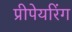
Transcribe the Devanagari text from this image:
प्रीपेयरिंग